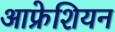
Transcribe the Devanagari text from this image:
आफ्रेशियन